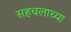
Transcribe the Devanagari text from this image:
सहचलाच्या